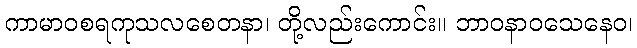
ကာမာဝစရကုသလစေတနာ၊ တို့လည်းကောင်း။ ဘာဝနာဝသေနေဝ၊